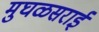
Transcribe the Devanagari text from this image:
मुघळसराई